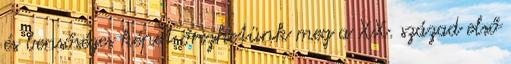
és bensőséges képet őrizhetünk meg a XX. század első